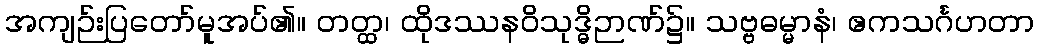
အကျဉ်းပြတော်မူအပ်၏။ တတ္ထ၊ ထိုဒဿနဝိသုဒ္ဓိဉာဏ်၌။ သဗ္ဗဓမ္မာနံ၊ ဧကသင်္ဂဟတာ